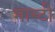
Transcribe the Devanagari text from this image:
मास्टी